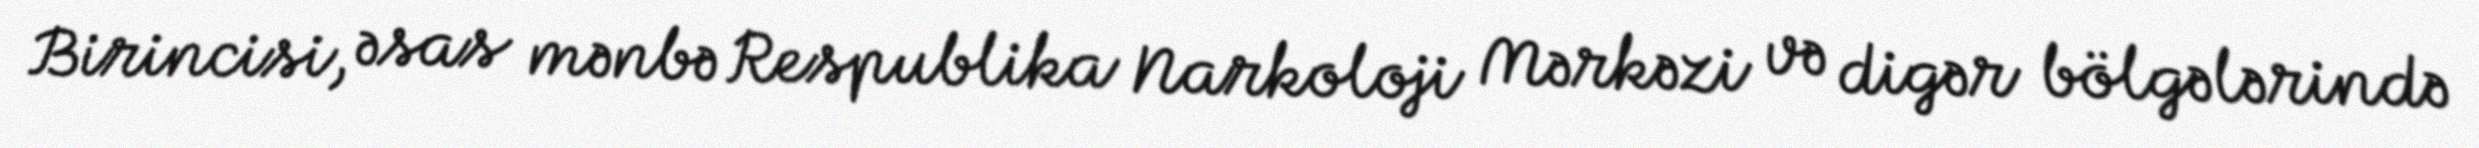
Birincisi, əsas mənbə Respublika Narkoloji Mərkəzi və digər bölgələrində